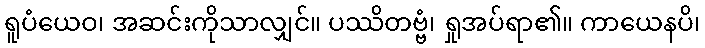
ရူပံယေဝ၊ အဆင်းကိုသာလျှင်။ ပဿိတဗ္ဗံ၊ ရှုအပ်ရာ၏။ ကာယေနပိ၊